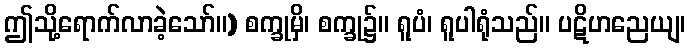
ဤသို့ရောက်လာခဲ့သော်။) စက္ခုမှိ၊ စက္ခု၌။ ရူပံ၊ ရူပါရုံသည်။ ပဋိဟညေယျ၊